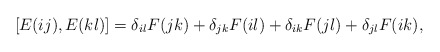
\begin{align*} \left[E(ij),E(kl)\right] = \delta_{il} F(jk) + \delta_{jk} F(il) + \delta_{ik} F(jl) + \delta_{jl} F(ik),\end{align*}